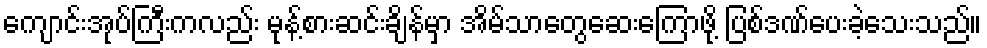
ကျောင်းအုပ်ကြီးကလည်း မုန့်စားဆင်းချိန်မှာ အိမ်သာတွေဆေးကြောဖို့ ပြစ်ဒဏ်ပေးခဲ့သေးသည်။